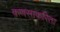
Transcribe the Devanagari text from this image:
कणसाकरिता